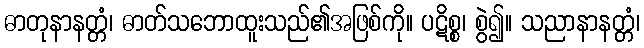
ဓာတုနာနတ္တံ၊ ဓာတ်သဘောထူးသည်၏အဖြစ်ကို။ ပဋိစ္စ၊ စွဲ၍။ သညာနာနတ္တံ၊